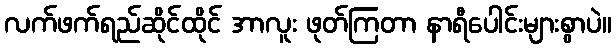
လက်ဖက်ရည်ဆိုင်ထိုင် အာလူး ဖုတ်ကြတာ နာရီပေါင်းများစွာပဲ။